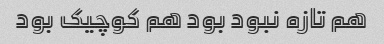
هم تازه نبود بود هم کوچیک بود